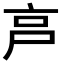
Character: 𡱀